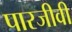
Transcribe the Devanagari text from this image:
पारजीवी